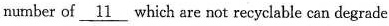
number of \underline{11} which are not recyclable can degrade